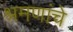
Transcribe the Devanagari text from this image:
श्रमणांचे